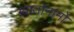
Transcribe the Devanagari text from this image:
ग्वातोनामो